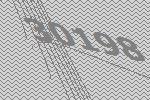
30198